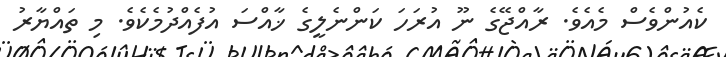
ކެއުންވެސް މެއެވެ. ރާއްޖޭގެ ނޫ އުރަހަ ކަންނެލީގެ ޚާއްސަ އުފެއްދުމެކެވެ. މި ތައްޔާރު